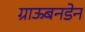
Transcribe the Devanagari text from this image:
ग्राऊबनडेन